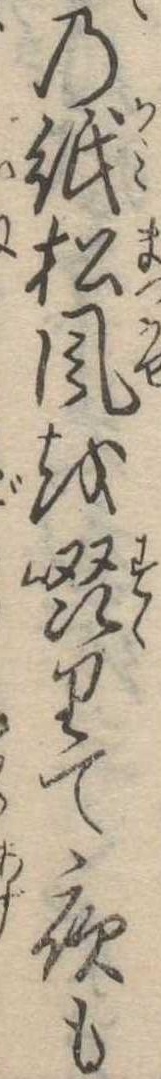
の紙松風を啜りて夜も